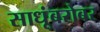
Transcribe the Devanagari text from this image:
साधूंबरोबर